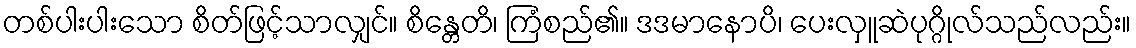
တစ်ပါးပါးသော စိတ်ဖြင့်သာလျှင်။ စိန္တေတိ၊ ကြံစည်၏။ ဒဒမာနောပိ၊ ပေးလှူဆဲပုဂ္ဂိုလ်သည်လည်း။